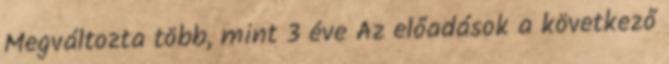
Megváltozta több, mint 3 éve Az előadások a következő